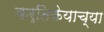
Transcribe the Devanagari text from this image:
कर्तिकेयाच्या